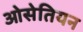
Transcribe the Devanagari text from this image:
ओसेतियन